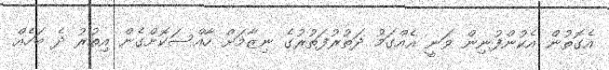
އެގޮތުން އެކުންފުނިން ވަނީ އެއްގަމު ދަތުރުފަތުރުގެ ނިޒާމަށް ހާއްސަކޮށްގެން އިތުރު ދެ ބަހެއް